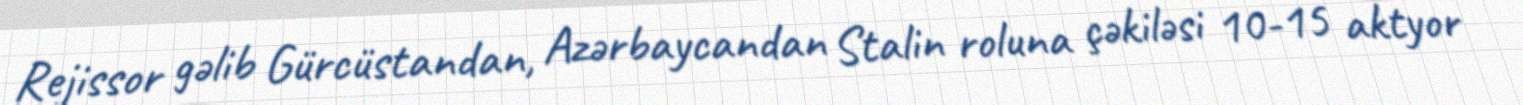
Rejissor gəlib Gürcüstandan, Azərbaycandan Stalin roluna çəkiləsi 10-15 aktyor